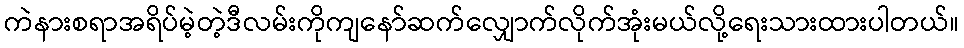
ကဲနားစရာအရိပ်မဲ့တဲ့ဒီလမ်းကိုကျနော်ဆက်လျှောက်လိုက်အုံးမယ်လို့ရေးသားထားပါတယ်။